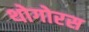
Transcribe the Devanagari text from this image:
थोगोरस